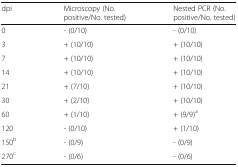
<table><thead><tr><td><b>dpi</b></td><td><b>Microscopy (No. positive/No. tested)</b></td><td><b>Nested PCR (No. positive/No. tested)</b></td></tr></thead><tbody><tr><td>0</td><td>- (0/10)</td><td>- (0/10)</td></tr><tr><td>3</td><td>+ (10/10)</td><td>+ (10/10)</td></tr><tr><td>7</td><td>+ (10/10)</td><td>+ (10/10)</td></tr><tr><td>14</td><td>+ (10/10)</td><td>+ (10/10)</td></tr><tr><td>21</td><td>+ (7/10)</td><td>+ (10/10)</td></tr><tr><td>30</td><td>+ (2/10)</td><td>+ (10/10)</td></tr><tr><td>60</td><td>+ (1/10)</td><td>+ (9/9)<sup>a</sup></td></tr><tr><td>120</td><td>- (0/10)</td><td>+ (1/10)</td></tr><tr><td>150<sup>b</sup></td><td>- (0/9)</td><td>- (0/9)</td></tr><tr><td>270<sup>c</sup></td><td>- (0/6)</td><td>- (0/6)</td></tr></tbody></table>